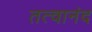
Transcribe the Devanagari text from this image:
तत्वानंद